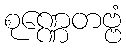
စုဏ္ဏေတဗ္ဗံ